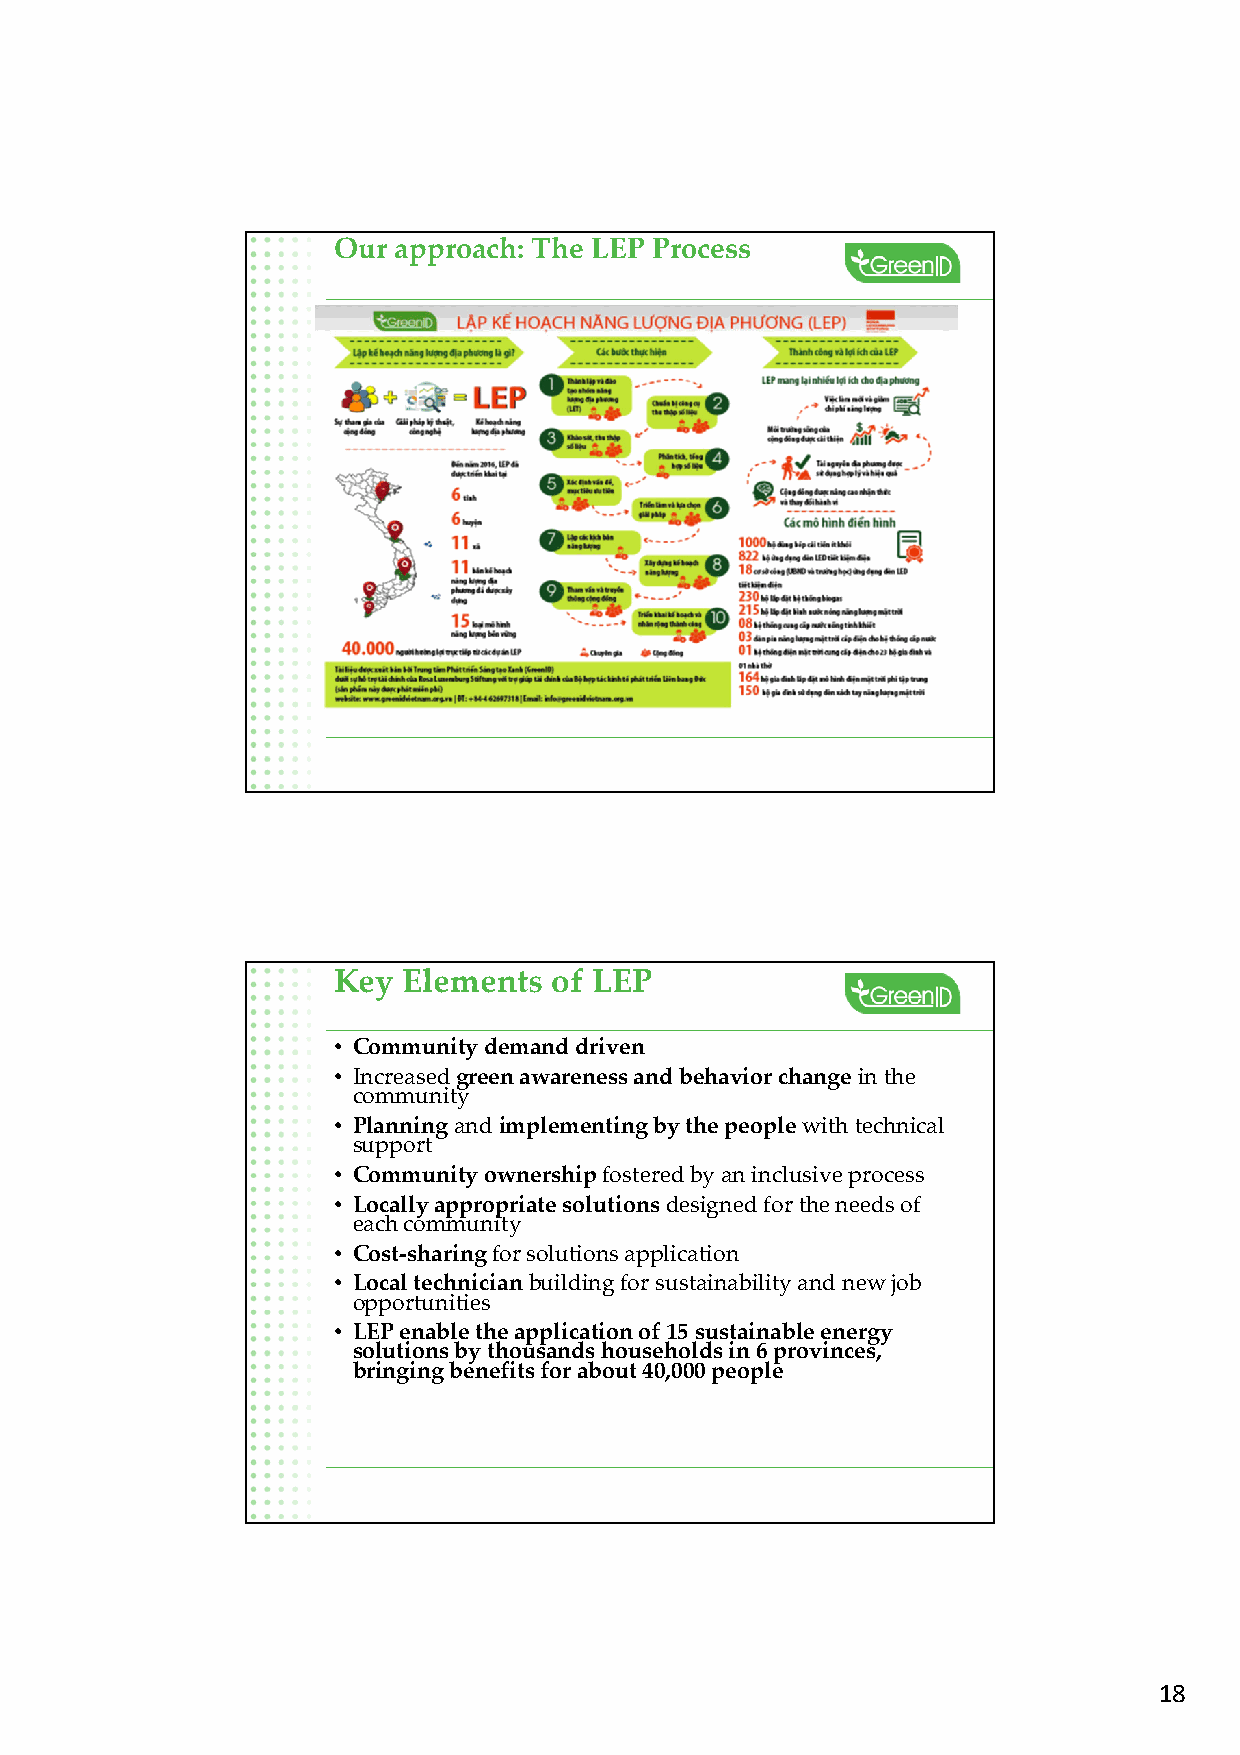
Our approach: The LEP Process
 Key  Elements  of LEP
 • Community demand driven
 • Increasedgreen awareness and behavior change in the
 community
 • Planning and implementing by the peoplewith technical
 support
 • Community ownership fostered by an inclusive process
 • Locally appropriate solutions designed for the needs of
 each community
 • Cost-sharingfor solutions application
 • Local technician building for sustainability and new job
 opportunities
 • LEP enable the application of 15 sustainable energy
 solutions by thousands households in 6 provinces,
 bringing benefits for about 40,000 people
 18